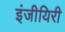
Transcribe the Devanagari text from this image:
इंजीयिरी